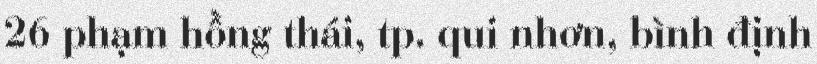
26 phạm hồng thái, tp. qui nhơn, bình định